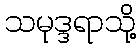
သမုဒ္ဒရာသို့